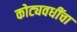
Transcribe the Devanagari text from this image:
कोट्यवधींचा